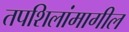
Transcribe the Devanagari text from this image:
तपशिलांमागील